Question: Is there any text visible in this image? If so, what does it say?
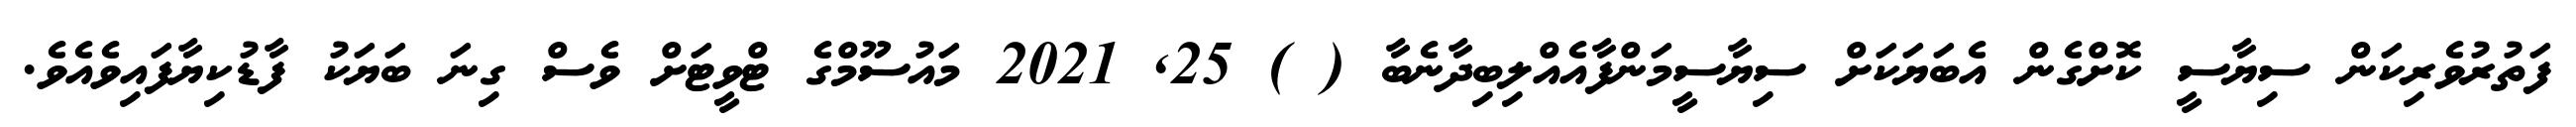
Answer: ފަތުރުވެރިކަން ސިޔާސީ ކޮށްގެން އެބަޔަކަށް ސިޔާސީމަންފާއެއްލިބިދާނެބާ ( ) 25, 2021 މައުސޫމްގެ ޓްވީޓަށް ވެސް ގިނަ ބަޔަކު ފާޑުކިޔާފައިވެއެވެ.